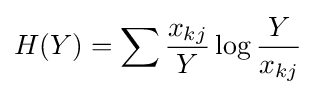
H(Y)=\sum {\frac {x_{kj}}{Y}}\log {\frac {Y}{x_{kj}}}